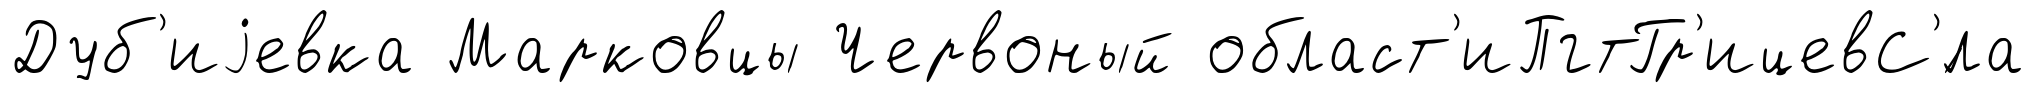
Дуб'иjевка Марковцы Червоный област'иПгтГр'ицевС'́ла